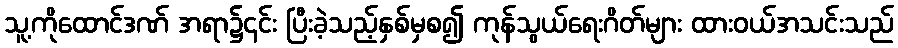
သူ့ကိုထောင်ဒဏ် အရာ၌၎င်း ပြီးခဲ့သည့်နှစ်မှစ၍ ကုန်သွယ်ရေးဂိတ်များ ထားဝယ်အသင်းသည်